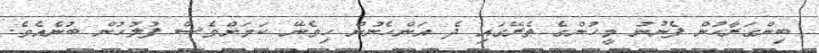
ބިންގަރާހުން ފެނުނު މީހުންގެ ތެރޭގައި ދެ އަންހެނުން ހިމެނޭ ކަމަށްވެސް ފުލުހުން ބުނެއެވެ.